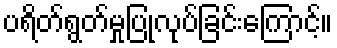
ပရိတ်ရွတ်မှုပြုလုပ်ခြင်းကြောင့်။